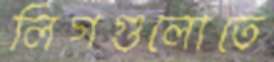
লিগগুলোতে